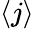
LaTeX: \langle j\rangle